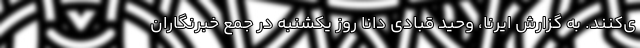
ی‌کنند. به گزارش ایرنا، وحید قبادی دانا روز یکشنبه در جمع خبرنگاران